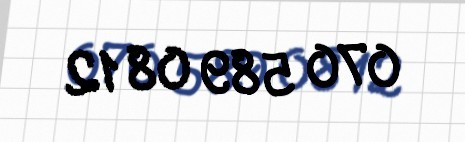
070 589 08 12